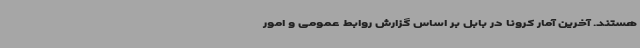
هستند. آخرین آمار کرونا در بابل بر اساس گزارش روابط‌ عمومی و امور